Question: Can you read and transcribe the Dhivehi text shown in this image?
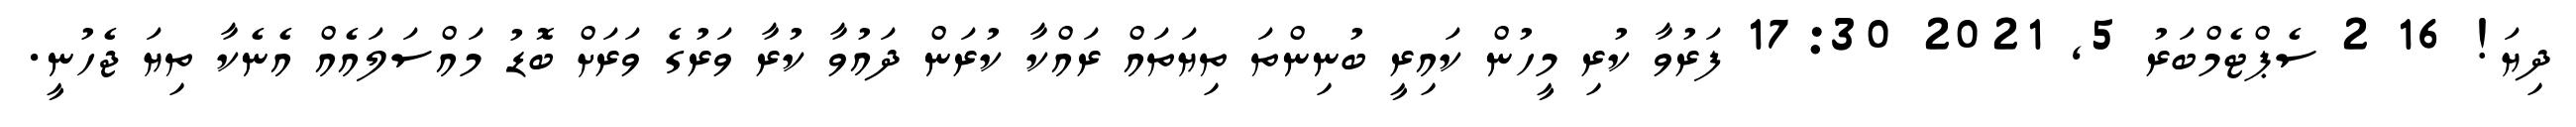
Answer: ދިޔަ! 16 2 ސެޕްޓެމްބަރު 5, 2021 17:30 ފަރުވާ ކުރި މީހުން ކައިރީ ބުނިންތަ ތިޔަތައް ރައްކާ ކުރަން ދައުވާ ކުރާ ވަރުގެ ވަރަށް ބޮޑު މައްސަލައެއް އެނެކާ ތިޔަ ޖެހުނީ.